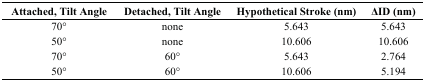
<table><thead><tr><td><b>Attached, Tilt Angle</b></td><td><b>Detached, Tilt Angle</b></td><td><b>Hypothetical Stroke (nm)</b></td><td><b>ΔID (nm)</b></td></tr></thead><tbody><tr><td>70°</td><td>none</td><td>5.643</td><td>5.643</td></tr><tr><td>50°</td><td>none</td><td>10.606</td><td>10.606</td></tr><tr><td>70°</td><td>60°</td><td>5.643</td><td>2.764</td></tr><tr><td>50°</td><td>60°</td><td>10.606</td><td>5.194</td></tr></tbody></table>